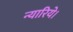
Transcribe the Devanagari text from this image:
न्यारिये।